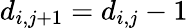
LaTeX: d_{i,j+1}=d_{i,j}-1